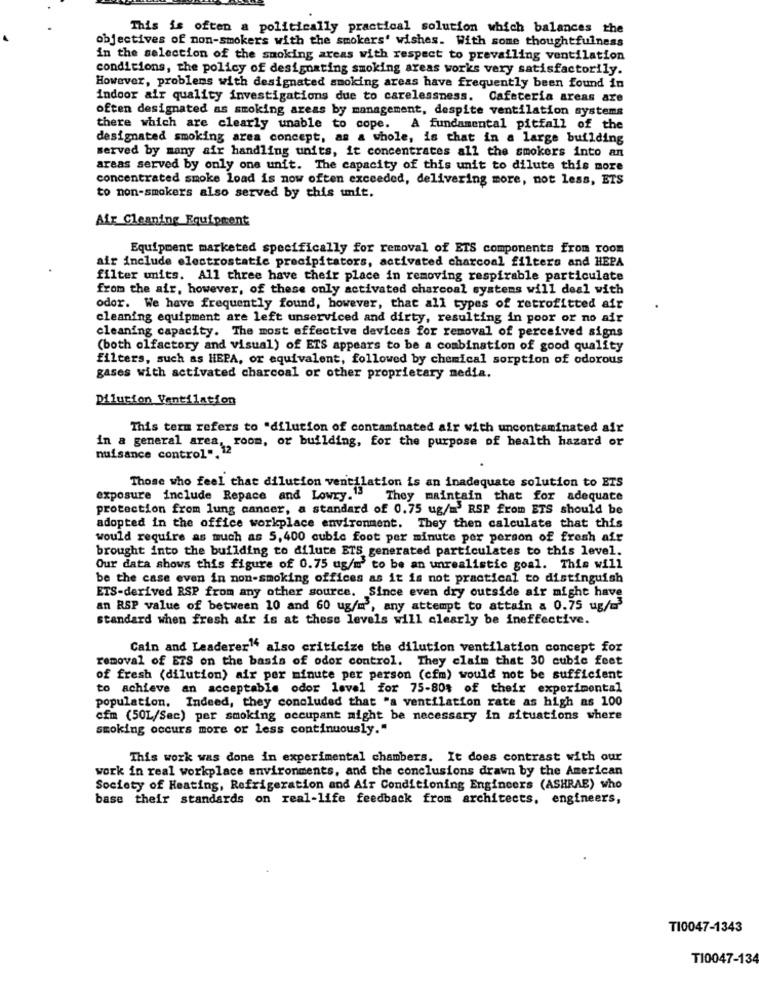
This is often a politically practical solution which balances the
objectives of non-smokers with the smokers' wishes. With some thoughtfulness
in the selection of the smoking areas with respect to prevailing ventilation
conditions, the policy of designating smoking areas works very satisfactorily.
However, problems with designated smoking areas have frequently been found in
indoor air quality investigations due to carelessness. Cafeteria areas are
often designated as smoking areas by management, despite ventilation systems
there which are clearly unable to cope. A fundamental pitfall of the
designated smoking area concept, as a whole, is that in a large building
served by many air handling units, it concentrates all the smokers into an
areas served by only one unit. The capacity of this unit to dilute this more
concentrated smoke load is now often exceeded, delivering more, not less, ETS
to non-smokers also served by this unit.
Air Cleaning Equipment
Equipment marketed specifically for removal of ETS components from room
air include electrostatic precipitators, activated charcoal filters and HEPA
filter units. All three have their place in removing respirable particulate
from the air, however, of these only activated charcoal systems will deal with
odor. We have frequently found, however, that all types of retrofitted air
cleaning equipment are left unserviced and dirty, resulting in poor or no air
cleaning capacity. The most effective devices for removal of perceived signs
(both olfactory and visual) of ETS appears to be a combination of good quality
filters, such as HEPA, or equivalent, followed by chemical sorption of odorous
gases with activated charcoal or other proprietary media.
Dilution Ventilation
This term refers to "dilution of contaminated air with uncontaminated air
in a general area, room, or building, for the purpose of health hazard or
nuisance control .. 12
Those who feel that dilution ventilation is an inadequate solution to ETS
exposure include Repace and Lowry.">
They maintain that for adequate
protection from lung cancer, a standard of 0.75 ug/m' RSP from ETS should be
adopted in the office workplace environment. They then calculate that this
would require as much as 5,400 cubic foot per minute per person of fresh air
brought into the building to dilute ETS generated particulates to this level.
Our data shows this figure of 0.75 ug/m' to be an unrealistic goal. This will
be the case even in non-smoking offices as it is not practical to distinguish
ETS-derived RSP from any other source. Since even dry outside air might have
an RSP value of between 10 and 60 ug/m', any attempt to attain a 0.75 ug/
standard when fresh air is at these levels will clearly be ineffective.
Cain and Leaderer" also criticize the dilution ventilation concept for
removal of ETS on the basis of odor control. They claim that 30 cubic feet
of fresh (dilution) air per minute per person (cfm) would not be sufficient
to achieve an acceptable odor level for 75-80% of their experimental
population. Indeed, they concluded that "a ventilation rate as high as 100
cim (50L/Sec) per smoking occupant might be necessary in situations where
smoking occurs more or less continuously."
This work was done in experimental chambers. It does contrast with our
work in real workplace environments, and the conclusions drawn by the American
Society of Heating, Refrigeration and Air Conditioning Engineers (ASHRAE) who
base their standards on real-life feedback from architects, engineers,
TI0047-1343
TI0047-134